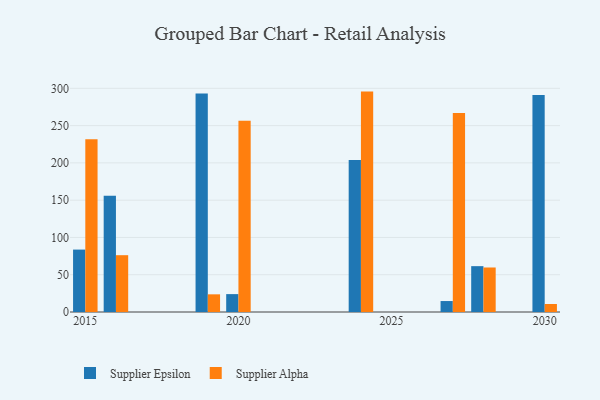
{"axis": {"x": "Year", "y": "Conversion Rate (%)"}, "legend": ["Supplier Alpha", "Supplier Epsilon"], "data": [{"x": "2016", "y": 156.0, "type": "Supplier Epsilon"}, {"x": "2016", "y": 76.2, "type": "Supplier Alpha"}, {"x": "2015", "y": 83.7, "type": "Supplier Epsilon"}, {"x": "2015", "y": 231.8, "type": "Supplier Alpha"}, {"x": "2020", "y": 24.0, "type": "Supplier Epsilon"}, {"x": "2020", "y": 256.5, "type": "Supplier Alpha"}, {"x": "2028", "y": 61.5, "type": "Supplier Epsilon"}, {"x": "2028", "y": 59.7, "type": "Supplier Alpha"}, {"x": "2019", "y": 293.1, "type": "Supplier Epsilon"}, {"x": "2019", "y": 23.7, "type": "Supplier Alpha"}, {"x": "2024", "y": 203.9, "type": "Supplier Epsilon"}, {"x": "2024", "y": 295.6, "type": "Supplier Alpha"}, {"x": "2030", "y": 291.0, "type": "Supplier Epsilon"}, {"x": "2030", "y": 10.7, "type": "Supplier Alpha"}, {"x": "2027", "y": 14.7, "type": "Supplier Epsilon"}, {"x": "2027", "y": 266.9, "type": "Supplier Alpha"}]}